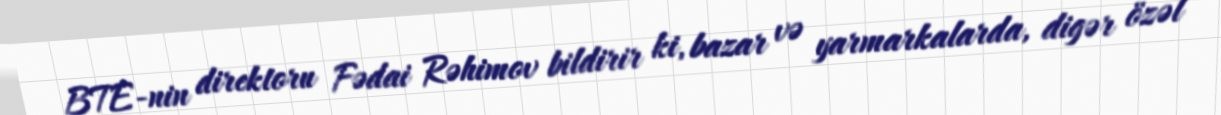
BTE-nin direktoru Fədai Rəhimov bildirir ki, bazar və yarmarkalarda, digər özəl